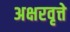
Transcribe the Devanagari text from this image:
अक्षरवृत्ते